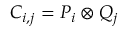
C _ { i , j } = P _ { i } \otimes Q _ { j }